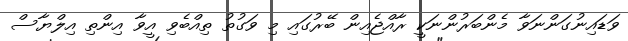
ވަޑައިނުގަންނަވާ މެންބަރުންނަކީ ރާއްޖެއިން ބޭރުގައި މި ވަގުތު ތިއްބެވި އީވާ އިންތި އިލްޔާސް